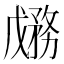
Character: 𱐷